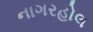
નાગરહોલ